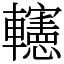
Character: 𨏥